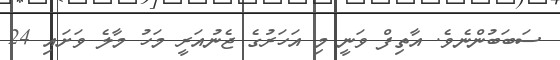
ސަބަބުންނެވެ. އާތިފް ވަނީ މި އަހަރުގެ ޖެނުއަރީ މަހު މާލެ ވަށައި 24